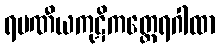
ရမဏီယကုဋိကတ္ထေရဂါထာ